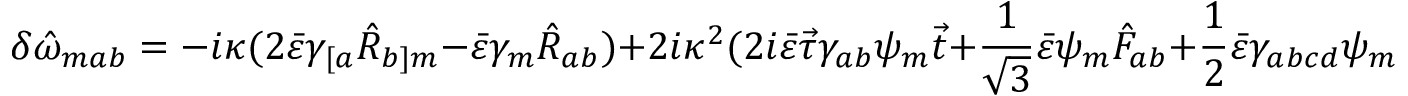
\delta \hat { \omega } _ { m a b } = - i \kappa ( 2 \bar { \varepsilon } \gamma _ { [ a } \hat { \cal R } _ { b ] m } - \bar { \varepsilon } \gamma _ { m } \hat { \cal R } _ { a b } ) + 2 i \kappa ^ { 2 } ( 2 i \bar { \varepsilon } \vec { \tau } \gamma _ { a b } \psi _ { m } \vec { t } + \frac { 1 } { \sqrt { 3 } } \bar { \varepsilon } \psi _ { m } \hat { F } _ { a b } + \frac { 1 } { 2 } \bar { \varepsilon } \gamma _ { a b c d } \psi _ { m } v ^ { c d } ) .